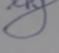
Signature authenticity: forged